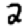
Digit: 2